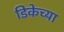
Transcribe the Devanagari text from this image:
डिकेच्या